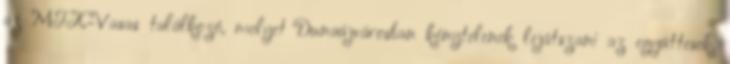
az MTK-Vasas találkozó, melyet Dunaújvárosban kénytelenek lejátszani az együttesek.